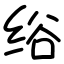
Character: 绤